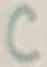
Text: C